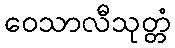
ဝေသာလီသုတ္တံ